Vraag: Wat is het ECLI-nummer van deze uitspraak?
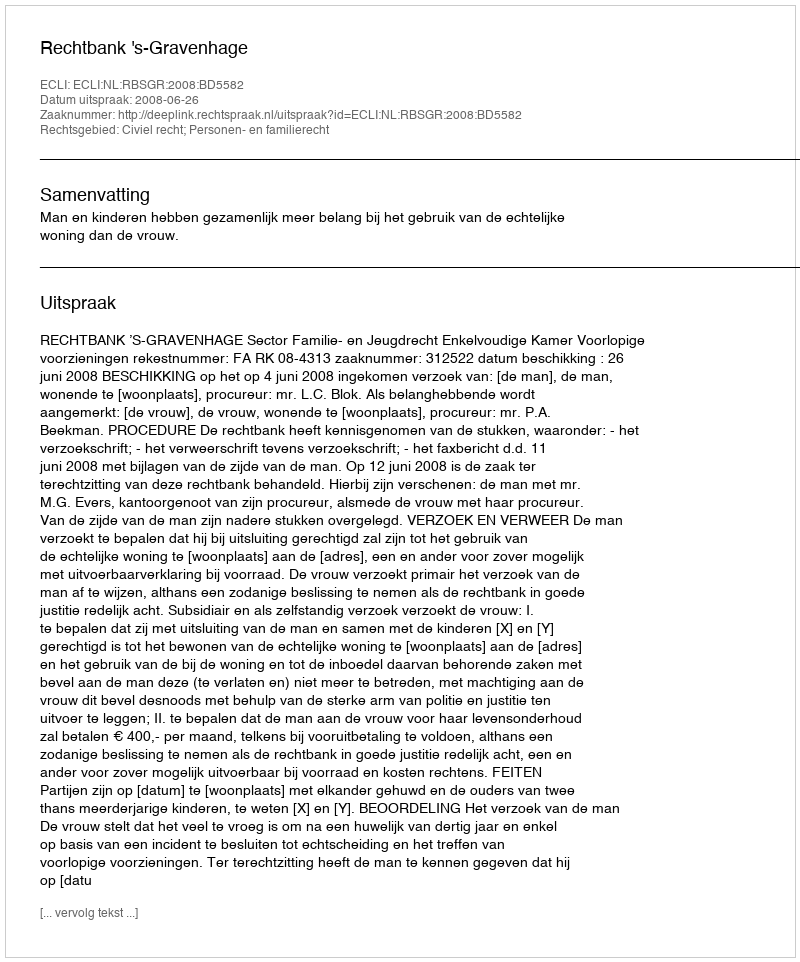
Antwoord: ECLI:NL:RBSGR:2008:BD5582